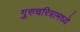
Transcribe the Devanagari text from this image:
गुरुचरित्रामध्ये